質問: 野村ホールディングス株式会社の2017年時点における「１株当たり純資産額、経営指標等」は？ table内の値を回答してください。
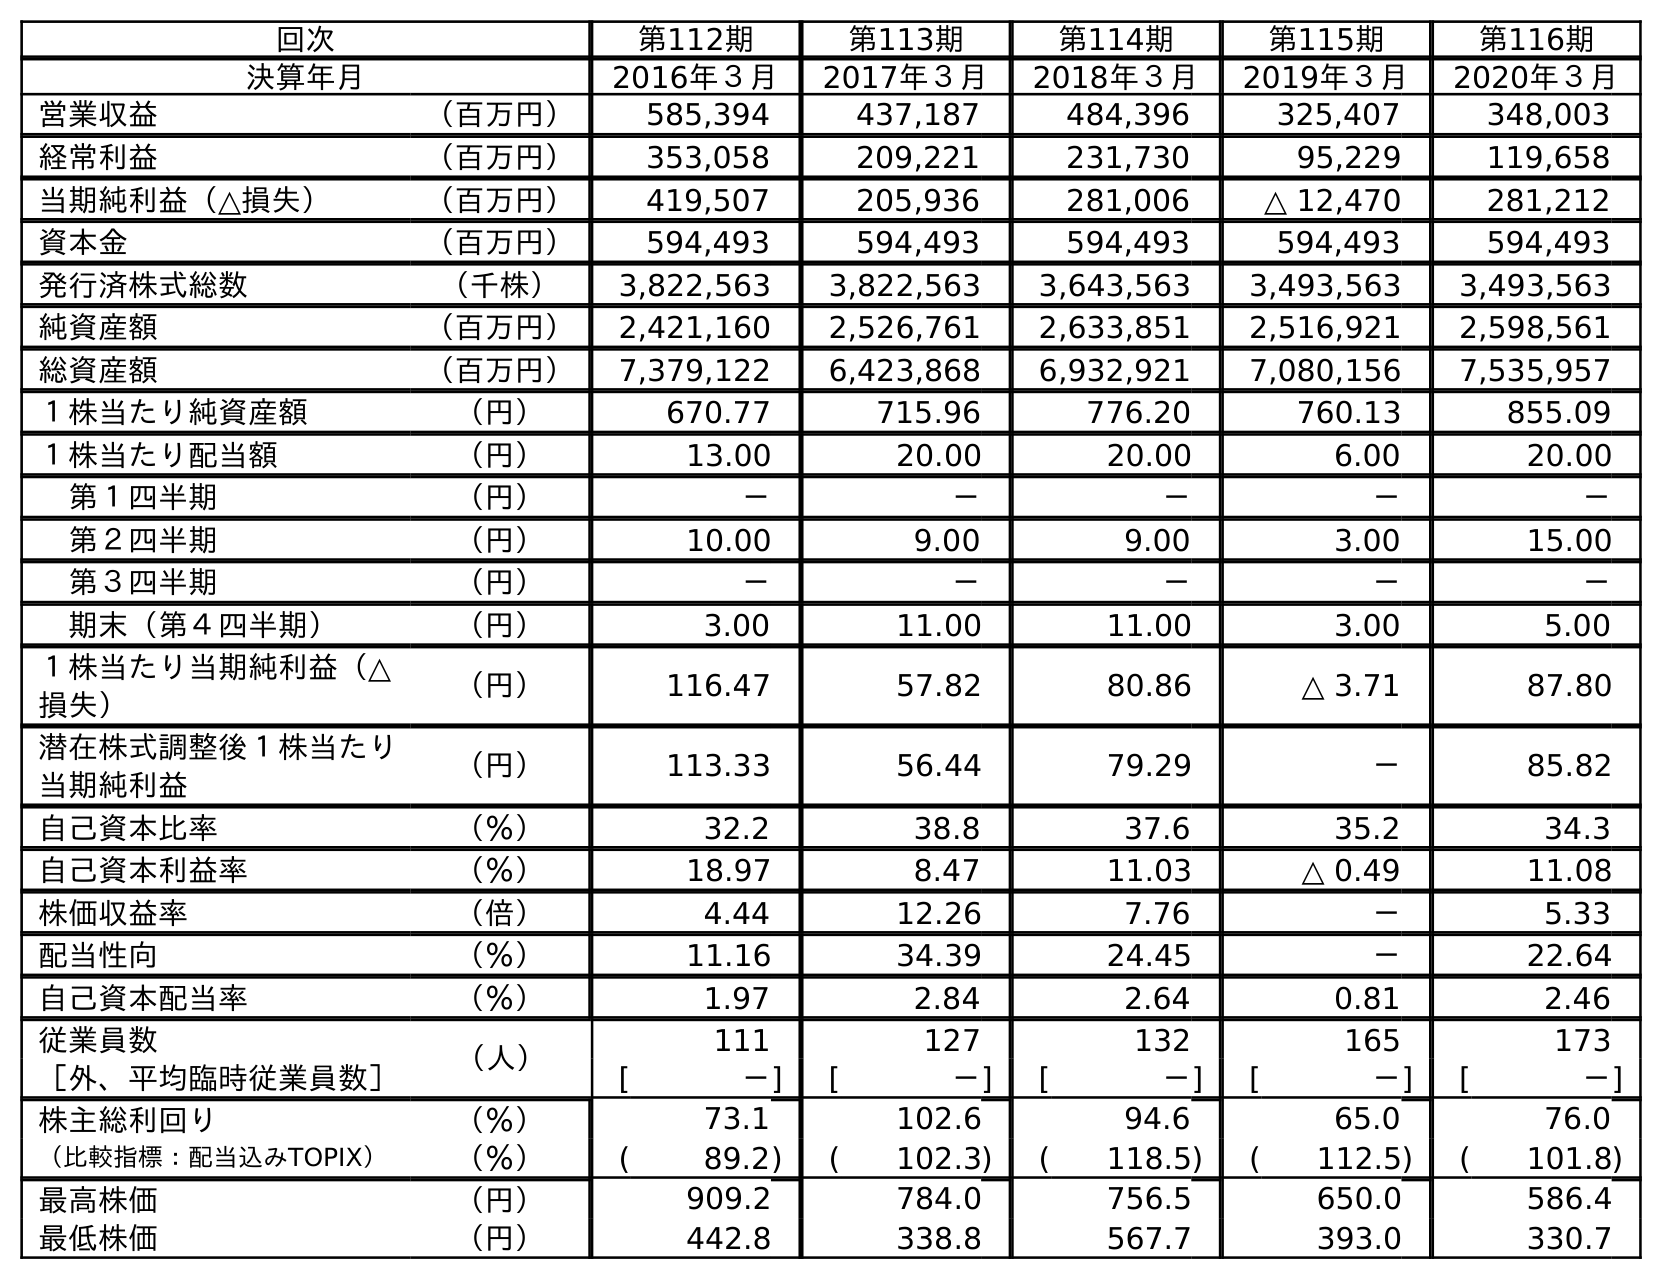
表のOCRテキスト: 回次 第112期 第113期 第114期 第115期 第116期 決算年月 2016年３月 2017年３月 2018年３月 2019年３月 2020年３月 営業収益 （百万円） 585,394 437,187 484,396 325,407 348,003 経常利益 （百万円） 353,058 209,221 231,730 95,229 119,658 当期純利益（△損失） （百万円） 419,507 205,936 281,006 △ 12,470 281,212 資本金 （百万円） 594,493 594,493 594,493 594,493 594,493 発行済株式総数 （千株） 3,822,563 3,822,563 3,643,563 3,493,563 3,493,563 純資産額 （百万円） 2,421,160 2,526,761 2,633,851 2,516,921 2,598,561 総資産額 （百万円） 7,379,122 6,423,868 6,932,921 7,080,156 7,535,957 １株当たり純資産額 （円） 670.77 715.96 776.20 760.13 855.09 １株当たり配当額 （円） 13.00 20.00 20.00 6.00 20.00 第１四半期 （円） － － － － － 第２四半期 （円） 10.00 9.00 9.00 3.00 15.00 第３四半期 （円） － － － － － 期末（第４四半期） （円） 3.00 11.00 11.00 3.00 5.00 １株当たり当期純利益（△ 損失） （円） 116.47 57.82 80.86 △ 3.71 87.80 潜在株式調整後１株当たり 当期純利益 （円） 113.33 56.44 79.29 － 85.82 自己資本比率 （％） 32.2 38.8 37.6 35.2 34.3 自己資本利益率 （％） 18.97 8.47 11.03 △ 0.49 11.08 株価収益率 （倍） 4.44 12.26 7.76 － 5.33 配当性向 （％） 11.16 34.39 24.45 － 22.64 自己資本配当率 （％） 1.97 2.84 2.64 0.81 2.46 従業員数 （人） 111 127 132 165 173 ［外、平均臨時従業員数］ [ －] [ －] [ －] [ －] [ －] 株主総利回り （％） 73.1 102.6 94.6 65.0 76.0 （比較指標：配当込みTOPIX） （％） ( 89.2) ( 102.3) ( 118.5) ( 112.5) ( 101.8) 最高株価 （円） 909.2 784.0 756.5 650.0 586.4 最低株価 （円） 442.8 338.8 567.7 393.0 330.7
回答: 715.96